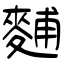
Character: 麱